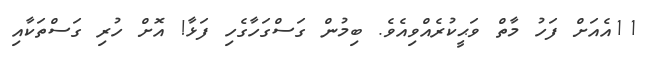
11އެއަށް ފަހު މާތް ވަޙީކުރެއްވިއެވެ. ބިމުން ގަސްގަހާގެހި ފަޅާ! އޮށް ހުރި ގަސްތަކާއި